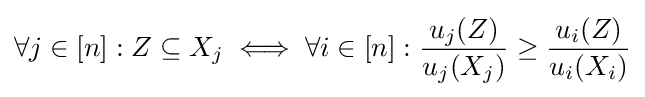
\forall j\in [n]:Z\subseteq X_{j}\iff \forall i\in [n]:{u_{j}(Z) \over u_{j}(X_{j})}\geq {u_{i}(Z) \over u_{i}(X_{i})}